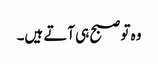
وہ تو صبح ہی آتے ہیں۔